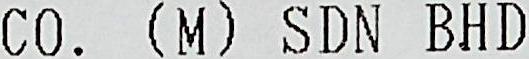
CO. (M) SDN BHD